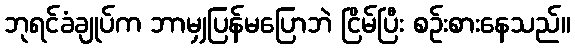
ဘုရင်ခံချုပ်က ဘာမျှပြန်မပြောဘဲ ငြိမ်ပြီး စဉ်းစားနေသည်။